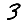
Digit: 3